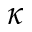
\kappa